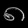
Digit: ၈